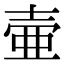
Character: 壷